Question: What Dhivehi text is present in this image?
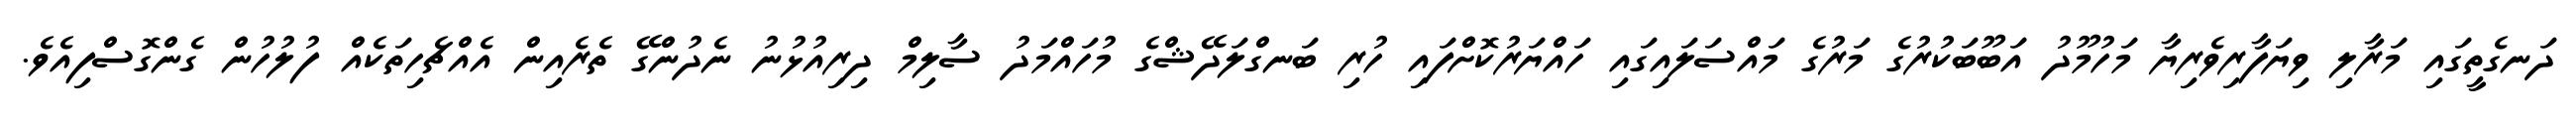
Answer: ދަނގެތީގައި މަރާލި ވިޔަފާރިވެރިޔާ މަހުމޫދު އަބޫބަކުރުގެ މަރުގެ މައްސަލައިގައި ހައްޔަރުކޮށްފައި ހުރި ބަނގްލަދޭޝްގެ މުހައްމަދު ސާލިމް ދިރިއުޅުނު ނެދުންގޭ ތެރެއިން އެއްޗެހިތަކެއް ފުލުހުން ގެންގޮސްފިއެވެ.